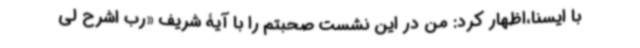
با ایسنا،اظهار کرد: من در این نشست صحبتم را با آیۀ شریف «رب اشرح لی